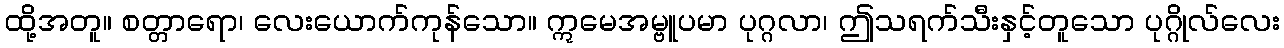
ထို့အတူ။ စတ္တာရော၊ လေးယောက်ကုန်သော။ ဣမေအမ္ဗူပမာ ပုဂ္ဂလာ၊ ဤသရက်သီးနှင့်တူသော ပုဂ္ဂိုလ်လေး